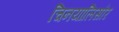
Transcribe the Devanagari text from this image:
चिनयालिसौर